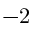
- 2